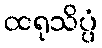
ထရုသိပ္ပံ